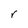
Character: r